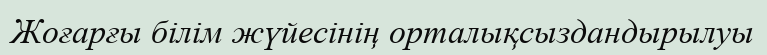
Жоғарғы білім жүйесінің орталықсыздандырылуы